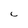
Character: C